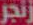
زنجر